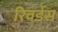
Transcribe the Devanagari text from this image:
रिवर्डस